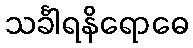
သင်္ခါရနိရောဓေ